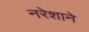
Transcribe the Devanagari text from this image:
नरेशाने